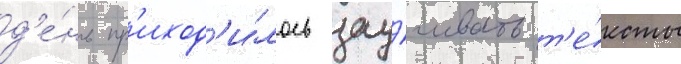
д'е́нь пр'иход'и́лось зау́чивать т'е́ксты